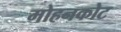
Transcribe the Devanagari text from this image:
मोहनकोट